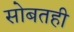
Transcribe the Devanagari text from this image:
सोबतही